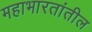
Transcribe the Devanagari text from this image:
महाभारतांतील